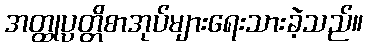
အတ္ထုပ္ပတ္တိစာအုပ်များရေးသားခဲ့သည်။